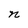
Character: n